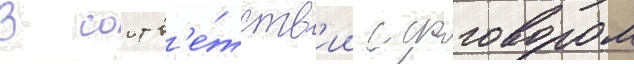
В соотв'е́тств'ии с договором